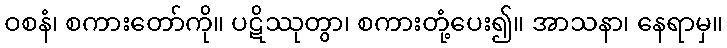
ဝစနံ၊ စကားတော်ကို။ ပဋိဿုတွာ၊ စကားတုံ့ပေး၍။ အာသနာ၊ နေရာမှ။